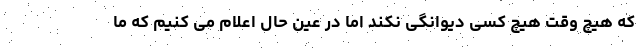
که هیچ وقت هیچ کسی دیوانگی نکند اما در عین حال اعلام می کنیم که ما